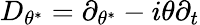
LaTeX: D_{\theta^{\ast}}=\partial_{\theta^{\ast}}-i\theta\partial_{t}